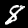
Label: 8